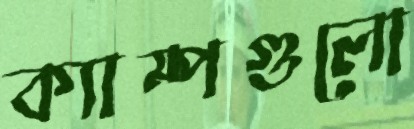
ক্যাম্পগুলো